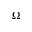
\Omega